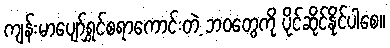
ကျန်းမာပျော်ရွှင်စရာကောင်းတဲ့ ဘဝတွေကို ပိုင်ဆိုင်နိုင်ပါစေ။